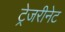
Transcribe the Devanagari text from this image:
ट्रेजरीनेट